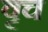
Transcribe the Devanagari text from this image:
वृच